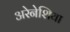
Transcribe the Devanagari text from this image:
अरेनेशिया